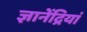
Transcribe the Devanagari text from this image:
ज्ञानेंद्रियां